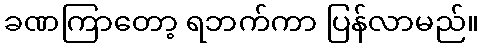
ခဏကြာတော့ ရဘက်ကာ ပြန်လာမည်။